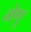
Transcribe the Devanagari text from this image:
गेणू